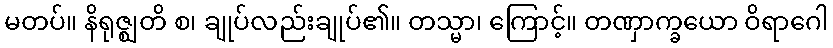
မတပ်။ နိရုဇ္ဈတိ စ၊ ချုပ်လည်းချုပ်၏။ တသ္မာ၊ ကြောင့်။ တဏှာက္ခယော ဝိရာဂေါ